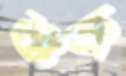
শুক